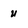
Character: u